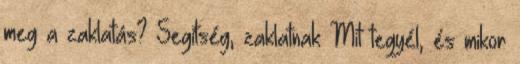
meg a zaklatás? Segítség, zaklatnak Mit tegyél, és mikor